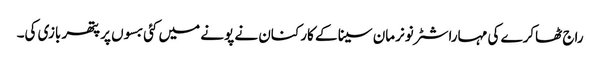
راج ٹھاکرے کی مہاراشٹر نونرمان سینا کے کارکنان نے پونے میں کئی بسوں پر پتھر بازی کی۔